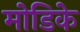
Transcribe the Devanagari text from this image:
मोडिके